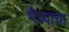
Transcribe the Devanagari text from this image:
भैय्याचा